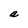
Character: a